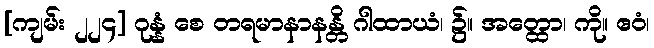
[ကျမ်း ၂၂၄] ဂုန္နံ စေ တရမာနာနန္တိ ဂါထာယံ၊ ၌။ အတ္ထော၊ ကို။ ဧဝံ၊